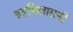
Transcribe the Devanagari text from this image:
हट्टविलासनी